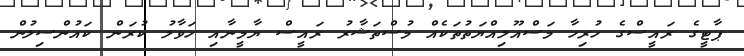
ޕާޓީގެ ރައީސްގެ ހުރިހާ މަސްއޫލިއްޔަތުތަކެއް މުސްތަޝާރު ރައީސް ޔާމީނާއި ހަވާލު ކުރަން ކައުންސިލުން